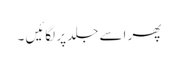
پھر اسے جلد پر لگائیں ۔